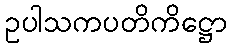
ဥပါသကပတိကိဋ္ဌော